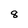
Character: 8